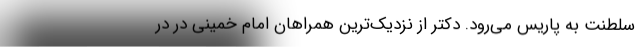
سلطنت به پاریس می‌رود. دکتر از نزدیک‌ترین همراهان امام خمینی در در